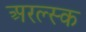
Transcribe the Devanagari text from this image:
अरल्स्क